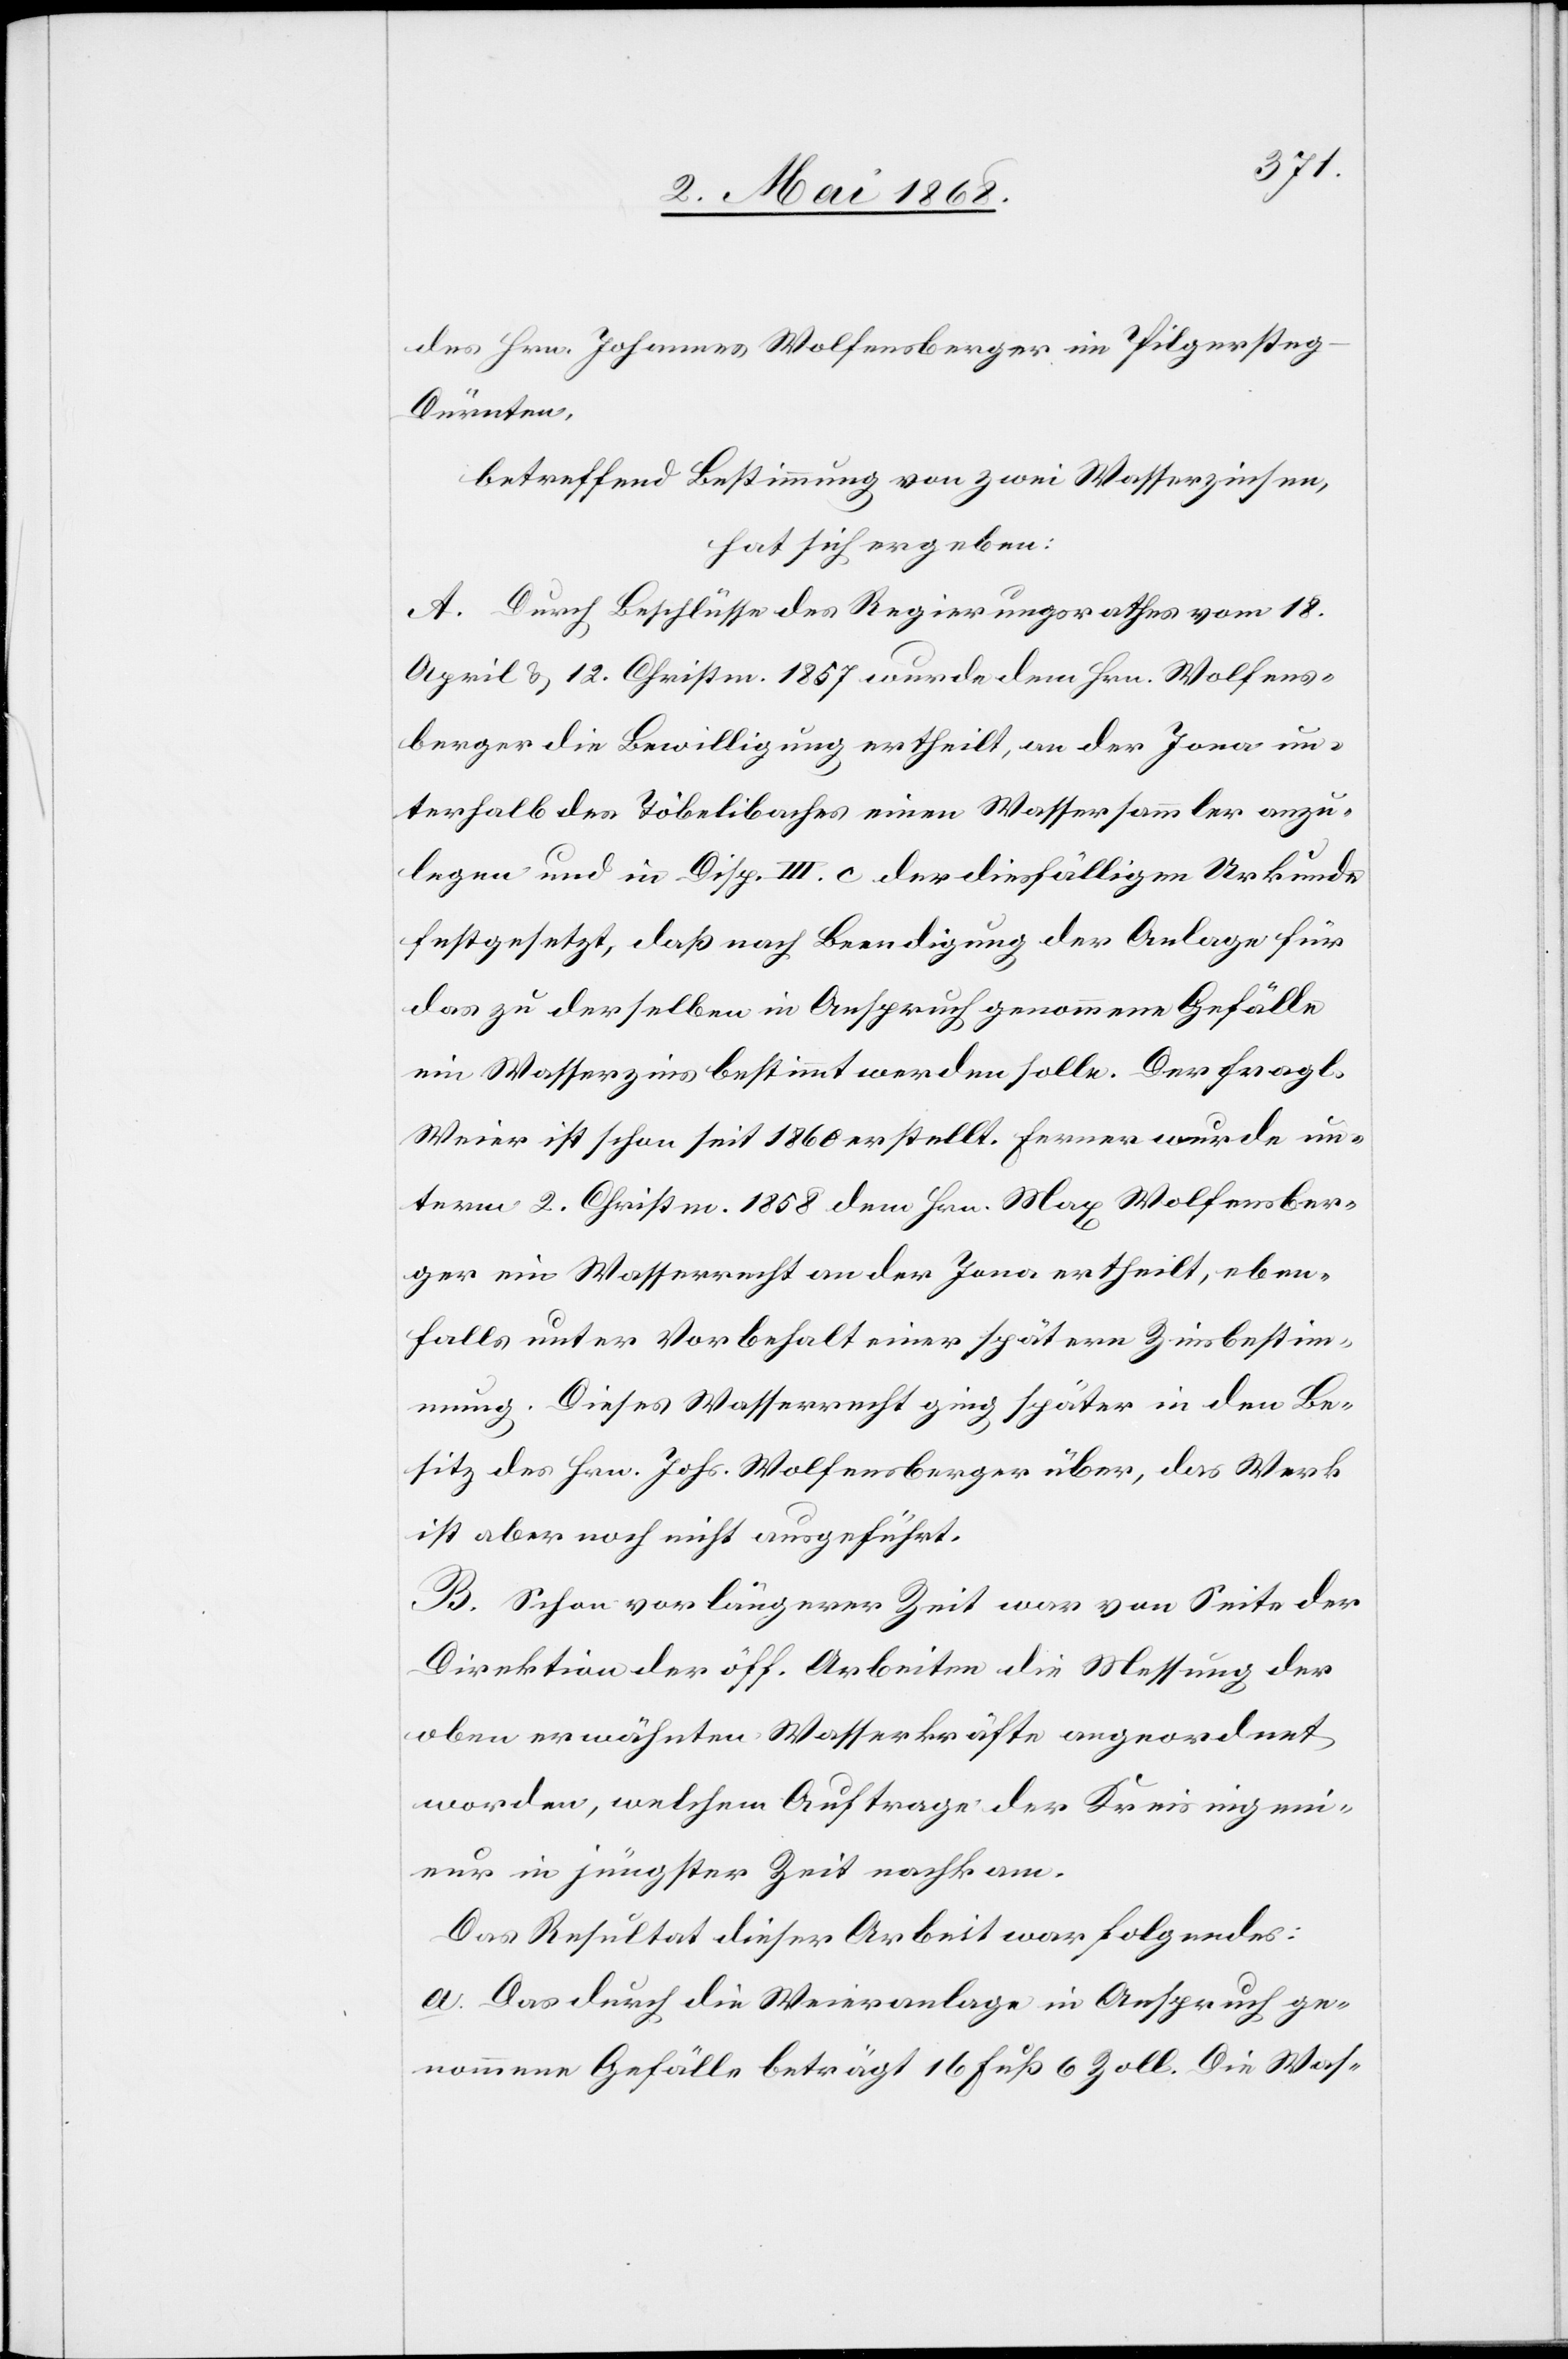
des Hrn. Johannes Wolfensberger im Pilgerste¬
g-Dürnten,
betreffend Bestimmung von zwei Wasserzinsen,
hat sich ergeben:
A. Durch Beschlüsse des Regierungsrathes vom 18.
April & 12. Christm. 1857 wurde dem Hrn. Wolfens¬
berger die Bewilligung ertheilt, an der Jona un¬
terhalb des Töbelibaches einen Wassersammler anzu¬
legen und in Disp. III. c der diesfälligen Urkunde
festgesetzt, daß nach Beendigung der Anlage für
das zu derselben in Anspruch genommene Gefälle
ein Wasserzins bestimmt werden solle. Der fragl.
Weier ist schon seit 1860 erstellt. Ferner wurde un¬
term 2. Christm. 1858 dem Hrn. Max Wolfensber¬
ger ein Wasserrecht an der Jona ertheilt, eben¬
falls unter Vorbehalt einer spätern Zinsbestim¬
mung. Dieses Wasserrecht ging später in den Be¬
sitz des Hrn. Johs. Wolfensberger über, das Werk
ist aber noch nicht ausgeführt.
B. Schon vor längerer Zeit war von Seite der
Direktion der öff. Arbeiten die Messung der
oben erwähnten Wasserkräfte angeordnet
worden, welchem Auftrage der Kreisingeni¬
eur in jüngster Zeit nachkam.
Das Resultat dieser Arbeit war folgendes:
a. Das durch die Weieranlage in Anspruch ge¬
nommene Gefälle beträgt 16 Fuß 6 Zoll. Die Was-